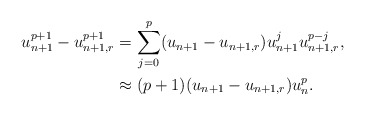
\begin{align*}u_{n+1}^{p+1} - u_{n+1,r}^{p+1} &= \sum\limits_{j=0}^{p} (u_{n+1} - u_{n+1,r}) u_{n+1}^j u_{n+1,r}^{p-j},\\& \approx (p+1) (u_{n+1} - u_{n+1,r}) u_n^p.\end{align*}